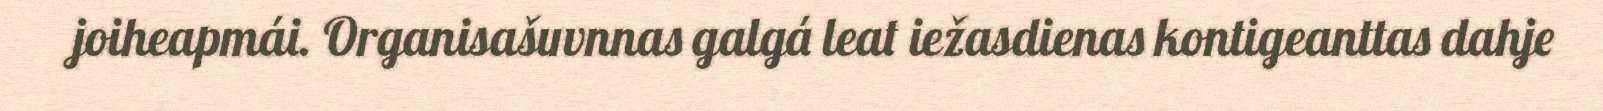
joiheapmái. Organisašuvnnas galgá leat iežasdienas kontigeanttas dahje